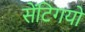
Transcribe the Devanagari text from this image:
सेंटिगयो